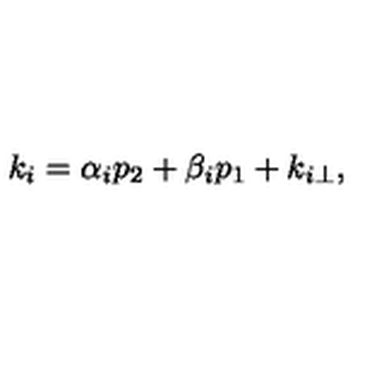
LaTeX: k _ { i } = \alpha _ { i } p _ { 2 } + \beta _ { i } p _ { 1 } + k _ { i \perp } ,